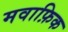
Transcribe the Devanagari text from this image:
मवाफ़िक